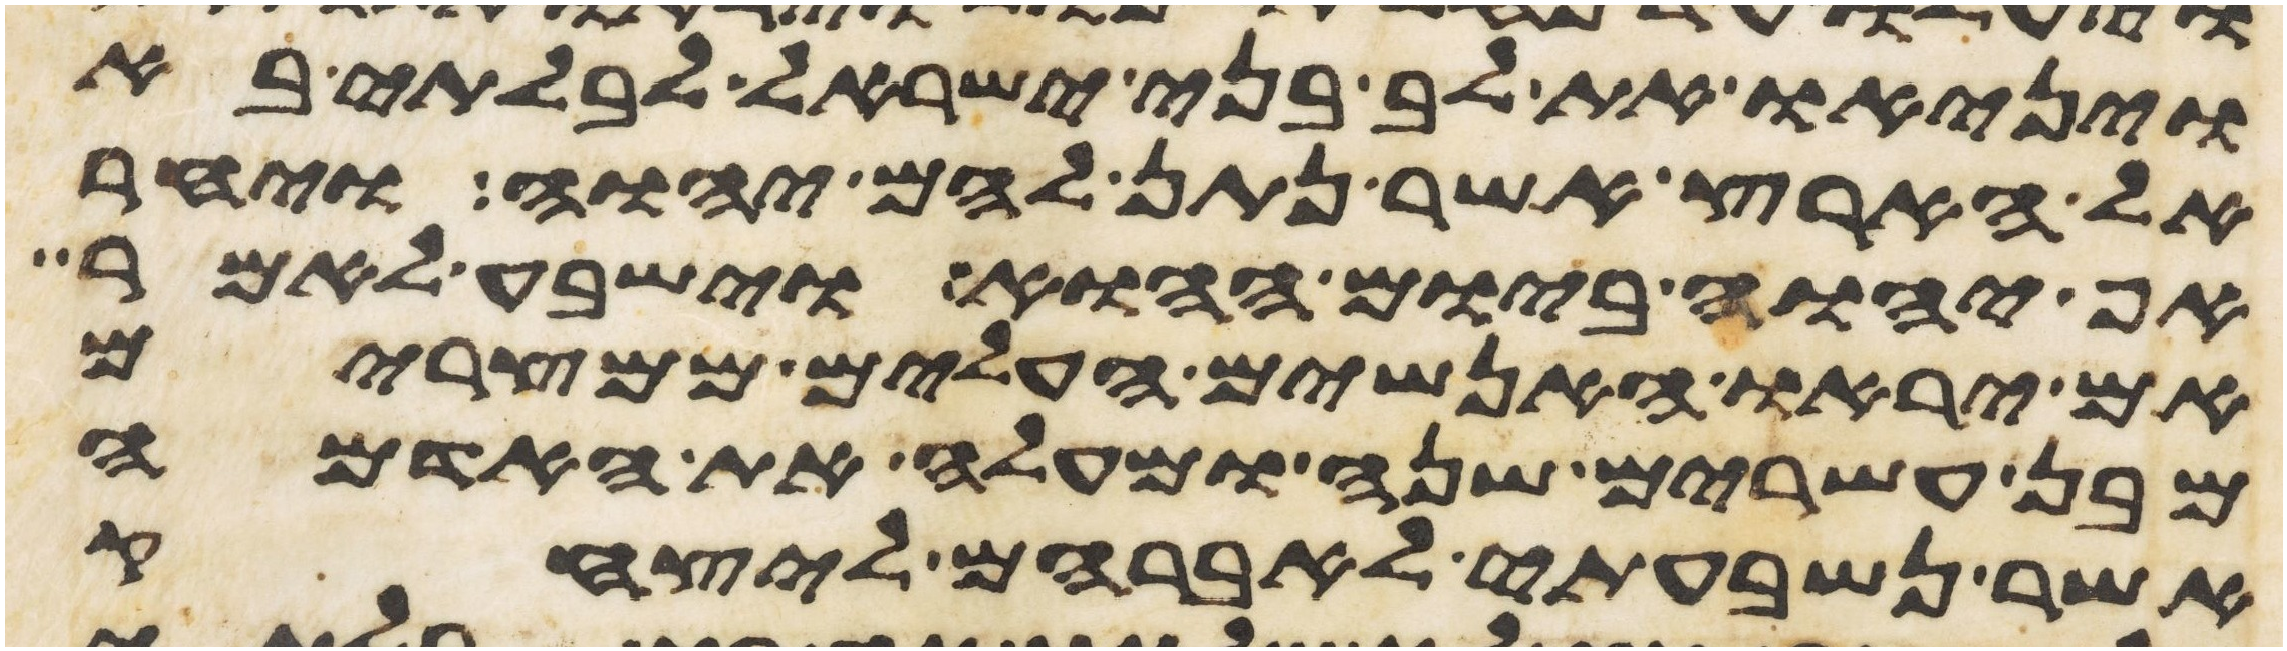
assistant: ויניאו את לב בני ישראל לבלתי בא
אל הארץ אשר נתן להם יהוה ויחר
אף יהוה ביום ההוא וישבע לאמר
אם יראו האנשים העלים ממצרים
מבן עשרים שנה ומעלה את האדמה
אשר נשבעתי לאברהם ליצחק